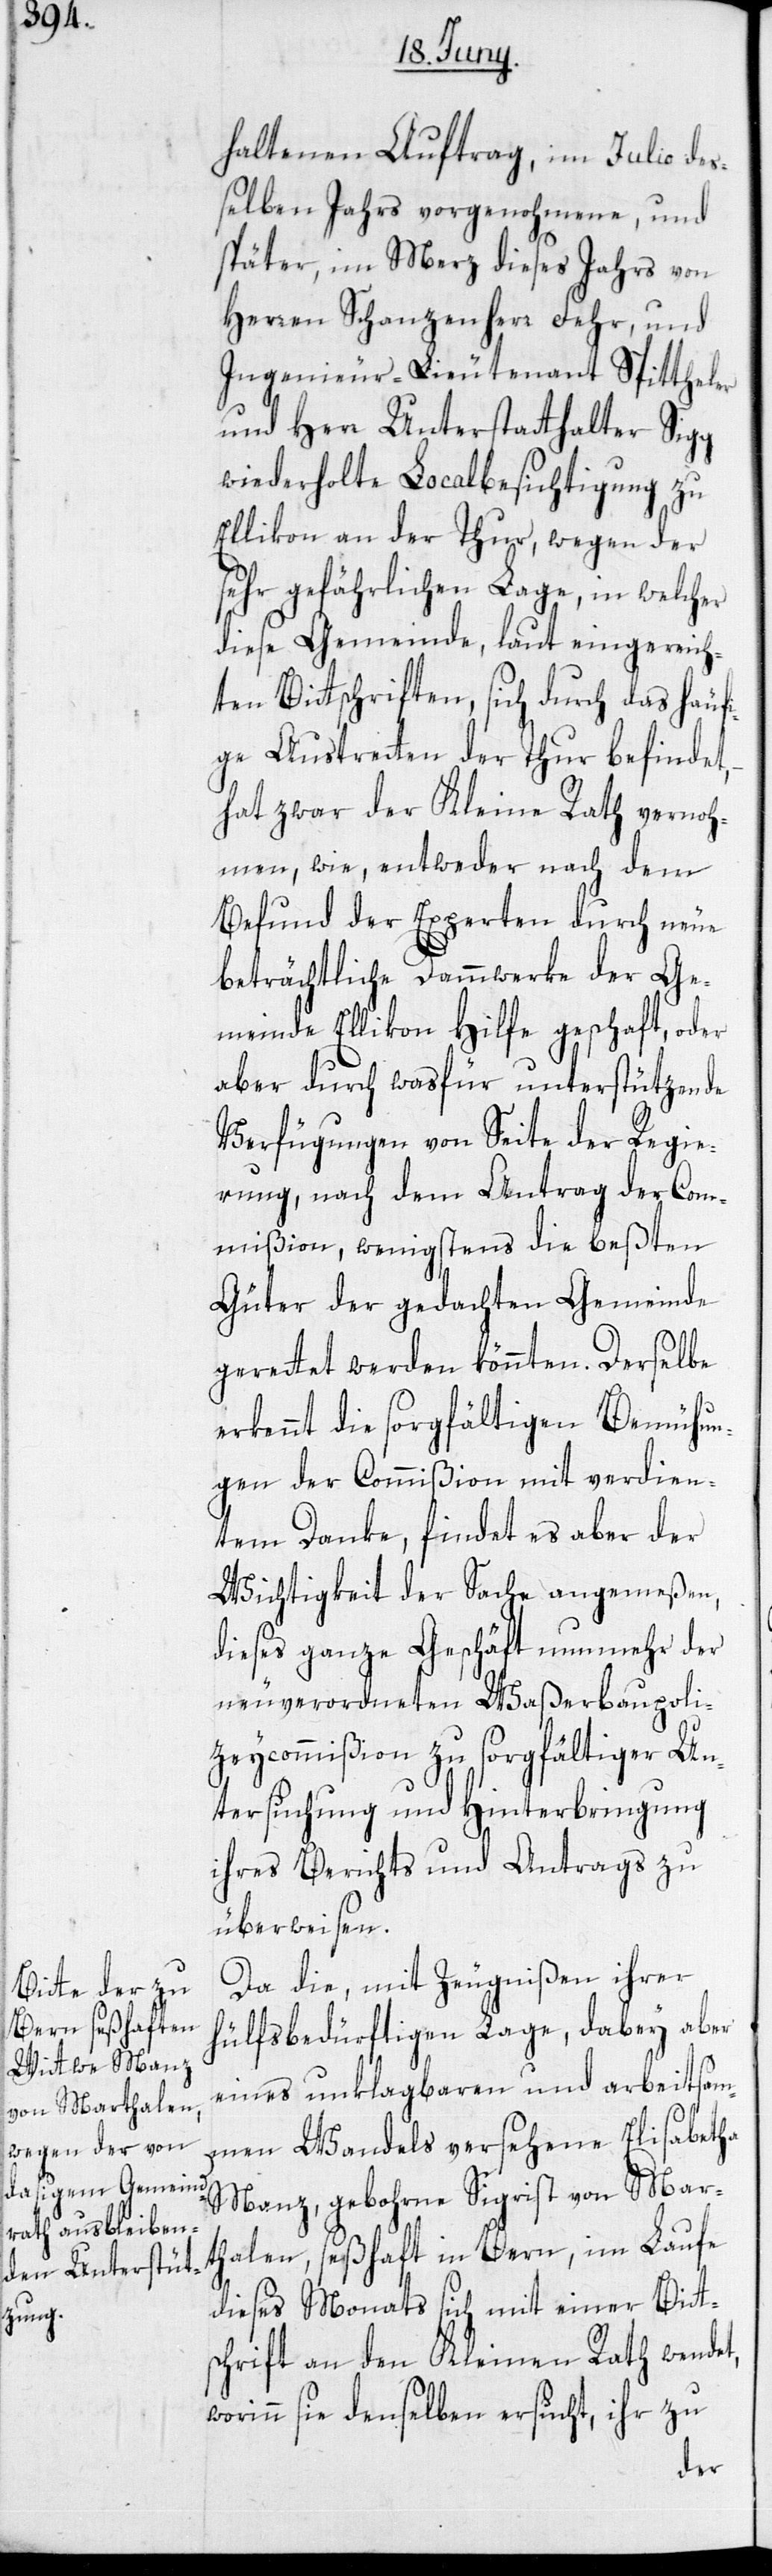
haltenen Auftrag, im Julii des¬
selben Jahres vorgenohmene, und
später, im Merz dieses Jahrs von
Herren Schanzenherr Fehr, und
Ingenieur-Lieutenant Spittheler
und Herr Unterstatthalter Sigg
wiederholte Localbesichtigung zu
Ellikon an der Thur, wegen der
sehr gefährlichen Lage, in welcher
diese Gemeinde, laut eingereich¬
ten Bittschriften, sich durch das häufi¬
ge Austreten der Thur befindet,
hat zwar der Kleine Rath vernoh¬
men, wie, entweder nach dem
Befund der Experten durch neue
beträchtliche Dammwerke der Ge¬
meinde Ellikon Hilfe geschaft, oder
aber durch was für unterstützende
Verfügungen von Seite der Regie¬
rung, nach dem Antrag der Com¬
mißion, wenigstens die beßten
Güter der gedachten Gemeinde
gerettet werden könnten. Derselbe
erkennt die sorgfältigen Bemühun¬
gen der Commißion mit verdien¬
tem Danke, findet es aber der
Wichtigkeit der Sache angemeßen,
dieses ganze Geschäft nunmehr der
neuverordneten Waßerbaupoli¬
zeycommißion zu sorgfältiger Un¬
tersuchung und Hinterbringung
ihres Berichts und Antrags zu
überweisen.
Da die, mit Zeugnißen ihrer
hülfsbedürftigen Lage, dabey aber
eines unklagbaren und arbeitsam¬
men Wandels versehene Elisabetha
Manz, gebohrne Sigrist von Mar¬
thalen, seßhaft in Bern, im Laufe
dieses Monats sich mit einer Bitt¬
schrift an den Kleinen Rath wendet,
worinn sie denselben ersucht, ihr zu